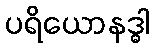
ပရိယောနဒ္ဓါ